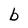
Character: b